Enquiry on enteric fever in India - Number 32
Disease focus: Fever
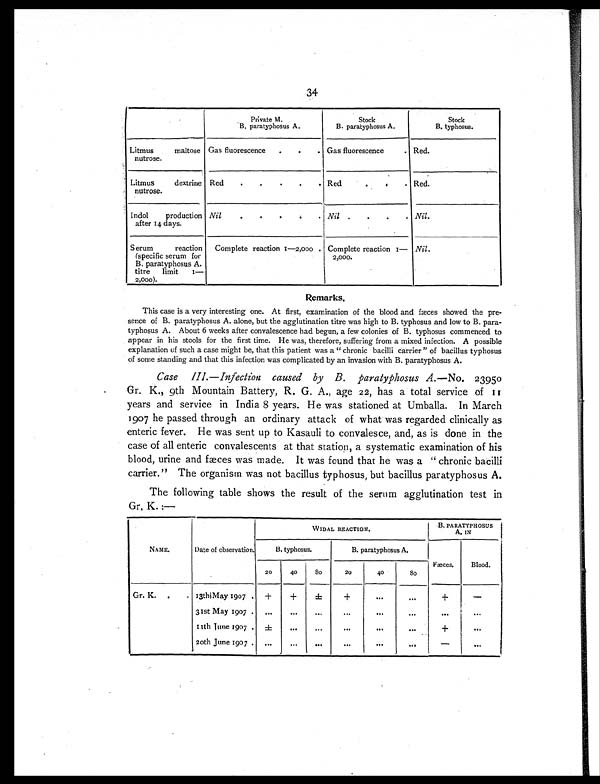
34
Private M.
B. paratyphosus A.
Stock
B. paratyphosus A.
Stock
B. typhosus.
Litmus maltose
nutrose.
Gas fluorescence
.
.
. Gas fluorescence
. Red.
Litmus dextrine
nutrose.
Red
.
.
.
.
. Red
.
.
. Red.
Indol production
after 14 days.
Nil
.
.
.
.
.
Nil. . .
.
Nil.
Serum reaction
(specific serum for
B. paratyphosus A.
titre limit I—
2,000).
Complete reaction 1—2,000 . Complete reaction I—
2,000.
Nil.
Remarks.
This case is a very interesting one. At first, examination of the blood and fæces showed the pre-
sence of B. paratyphosus A. alone, but the agglutination titre was high to B. typhosus and low to B. para-
typhosus A. About 6 weeks after convalescence had begun, a few colonies of B. typhosus commenced to
appear in his stools for the first time. He was, therefore, suffering from a mixed infection. A possible
explanation of such a case might be, that this patient was a "chronic bacilli carrier" of bacillus typhosus
of some standing and that this infection was complicated by an invasion with B. paratyphosus A.
Case III.—Infection caused by B. paratyphosus A. —No. 23950
Gr. K., 9th Mountain Battery, R. G. A., age 22, has a total service of 11
years and service in India 8 years. He was stationed at Umballa. In March
1907 he passed through an ordinary attack of what was regarded clinically as
enteric fever. He was sent up to Kasauli to convalesce, and, as is done in the
case of all enteric convalescents at that station, a systematic examination of his
blood, urine and fæces was made. It was found that he was a "chronic bacilli
carrier." The organism was not bacillus typhosus, but bacillus paratyphosus A.
The following table shows the result of the serum agglutination test in
Gr. K. :—
NAME.
Date of observation.
WIDAL REACTION.
B. PARATYPHOSUS
.
A. IN
B. typhosus.
B. paratyphosus A.
Fæces.
Blood.
20
40
8 0
20
40
8 0
Gr. K.
.
. 13th May 1907 . +
+
±
+
...
...
+
—
31st May 1907 .
. . .
. . .
. . .
...
. . .
...
. . .
...
11th June 1907 .
±
. . .
...
. . .
. . .
. . .
+
. . .
20th June 1907 . ...
. . .
...
...
. . .
. . .
—
. . .